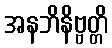
အနဘိနိဗ္ဗတ္တိ